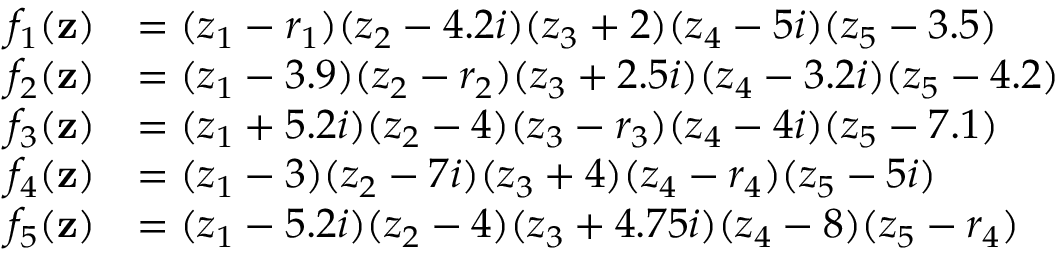
\begin{array} { r l } { f _ { 1 } ( { \bf z } ) } & { = ( z _ { 1 } - r _ { 1 } ) ( z _ { 2 } - 4 . 2 i ) ( z _ { 3 } + 2 ) ( z _ { 4 } - 5 i ) ( z _ { 5 } - 3 . 5 ) } \\ { f _ { 2 } ( { \bf z } ) } & { = ( z _ { 1 } - 3 . 9 ) ( z _ { 2 } - r _ { 2 } ) ( z _ { 3 } + 2 . 5 i ) ( z _ { 4 } - 3 . 2 i ) ( z _ { 5 } - 4 . 2 ) } \\ { f _ { 3 } ( { \bf z } ) } & { = ( z _ { 1 } + 5 . 2 i ) ( z _ { 2 } - 4 ) ( z _ { 3 } - r _ { 3 } ) ( z _ { 4 } - 4 i ) ( z _ { 5 } - 7 . 1 ) } \\ { f _ { 4 } ( { \bf z } ) } & { = ( z _ { 1 } - 3 ) ( z _ { 2 } - 7 i ) ( z _ { 3 } + 4 ) ( z _ { 4 } - r _ { 4 } ) ( z _ { 5 } - 5 i ) } \\ { f _ { 5 } ( { \bf z } ) } & { = ( z _ { 1 } - 5 . 2 i ) ( z _ { 2 } - 4 ) ( z _ { 3 } + 4 . 7 5 i ) ( z _ { 4 } - 8 ) ( z _ { 5 } - r _ { 4 } ) } \end{array}